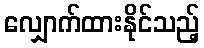
လျှောက်ထားနိုင်သည့်